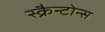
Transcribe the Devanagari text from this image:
स्क्रैन्टोन्स